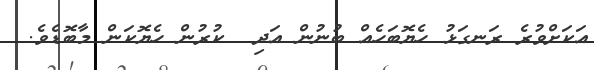
އަކަށްވުރެ ރަނގަޅު ހެޔޮބަހެއް ބުނުން އަދި  ކުރުން ހެޔޮކަން މާބޮޑެވެ.